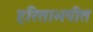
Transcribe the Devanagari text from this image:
हरिताभपीत